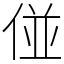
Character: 𠊧